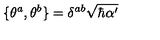
\{ \theta ^ { a } , \theta ^ { b } \} = \delta ^ { a b } \sqrt { \hbar \alpha ^ { \prime } }